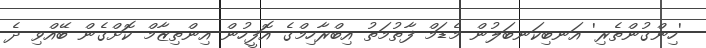
'ހިންގުންތެރި' އަނބިކަނބަލުން މެޑަމް ފާތުމަތު އިބްރާހިމްގެ އޮފީހުން އިންތިޒާމް ކޮށްގެން ބޭއްވި ދެ